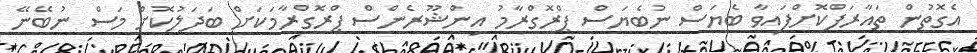
އެގޮތުން ތައާރަފްކޮށްފައިވާ ބެޔަސް ނުބެޔަސް ޕްރޮގްރާމު އިންޝޫރެންސް ޕްރޮގްރާމަކަށް ބަދަލުކޮށް މަސް ނުބޭނޭ